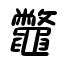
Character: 鼈